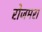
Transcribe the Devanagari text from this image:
रोजमरा